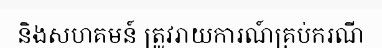
និងសហគមន៍ ត្រូវរាយការណ៍គ្រប់ករណី